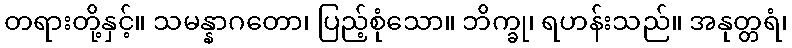
တရားတို့နှင့်။ သမန္နာဂတော၊ ပြည့်စုံသော။ ဘိက္ခု၊ ရဟန်းသည်။ အနုတ္တရံ၊